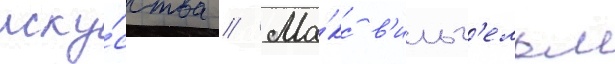
иску́сства // Ма́кс в'ильг'ельм